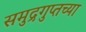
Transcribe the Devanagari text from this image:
समुद्रगुप्तच्या